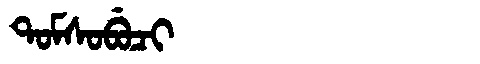
Manchu: ᡨᠣᠮᠰᠣᠪᡠᠴᡳ
Romanization: TOMSOBUCI